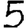
Digit: 5